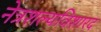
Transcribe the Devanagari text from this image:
नेत्रशल्यविशारद